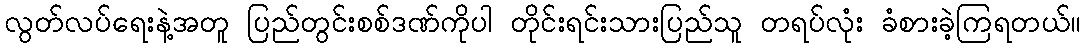
လွတ်လပ်ရေးနဲ့အတူ ပြည်တွင်းစစ်ဒဏ်ကိုပါ တိုင်းရင်းသားပြည်သူ တရပ်လုံး ခံစားခဲ့ကြရတယ်။